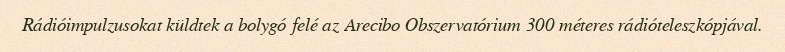
Rádióimpulzusokat küldtek a bolygó felé az Arecibo Obszervatórium 300 méteres rádióteleszkópjával.